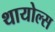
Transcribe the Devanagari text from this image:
थायोल्स